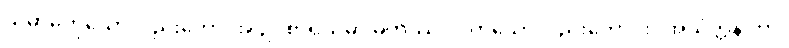
သမာဓိကိုသော်လည်းကောင်း။ ဥပစာရသမာ ဓိကဿဝါ၊ ကိုသော်လည်းကောင်း။ အသံတ္တနိ ကာ၊